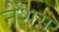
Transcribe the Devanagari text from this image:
नेंशस